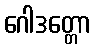
ဂေါဒတ္တော